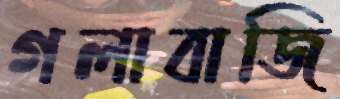
গলাবাজি